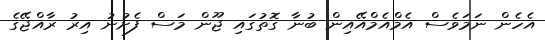
އެހެން ނަމަވެސް އެމްއެމްއޭއިން ބުނާ ގޮތުގައި ޖޫން މަސް ފެށުނު އިރު ރާއްޖޭގެ